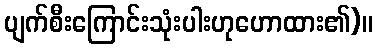
ပျက်စီးကြောင်းသုံးပါးဟုဟောထား၏)။